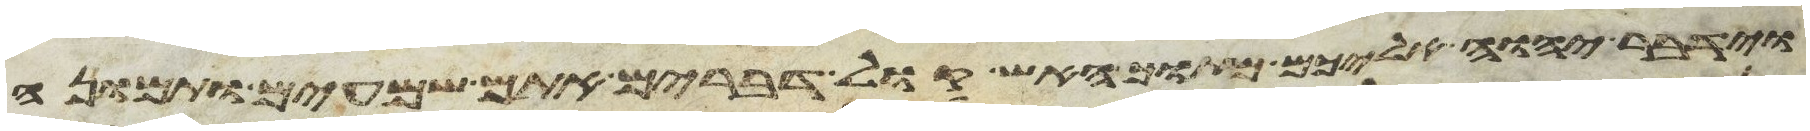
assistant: וידבר יהוה אליכם מתוך האש קול דברים אתם שמעים ותמונה